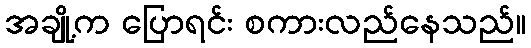
အချို့က ပြောရင်း စကားလည်နေသည်။